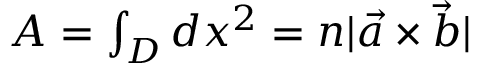
\begin{array} { r } { A = \int _ { D } d x ^ { 2 } = n | \vec { a } \times \vec { b } | } \end{array}